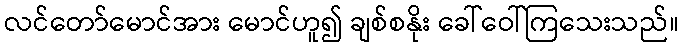
လင်တော်မောင်အား မောင်ဟူ၍ ချစ်စနိုး ခေါ်ဝေါ်ကြသေးသည်။